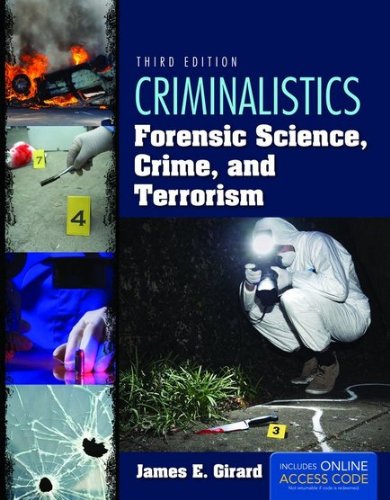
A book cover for Criminalistics: Forensic Science, Crime, And Terrorism; James E. Girard; Law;